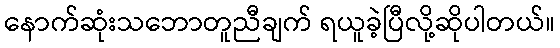
နောက်ဆုံးသဘောတူညီချက် ရယူခဲ့ပြီလို့ဆိုပါတယ်။